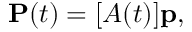
\mathbf { P } ( t ) = [ A ( t ) ] \mathbf { p } ,